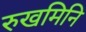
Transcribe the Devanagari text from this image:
रुखमिनि